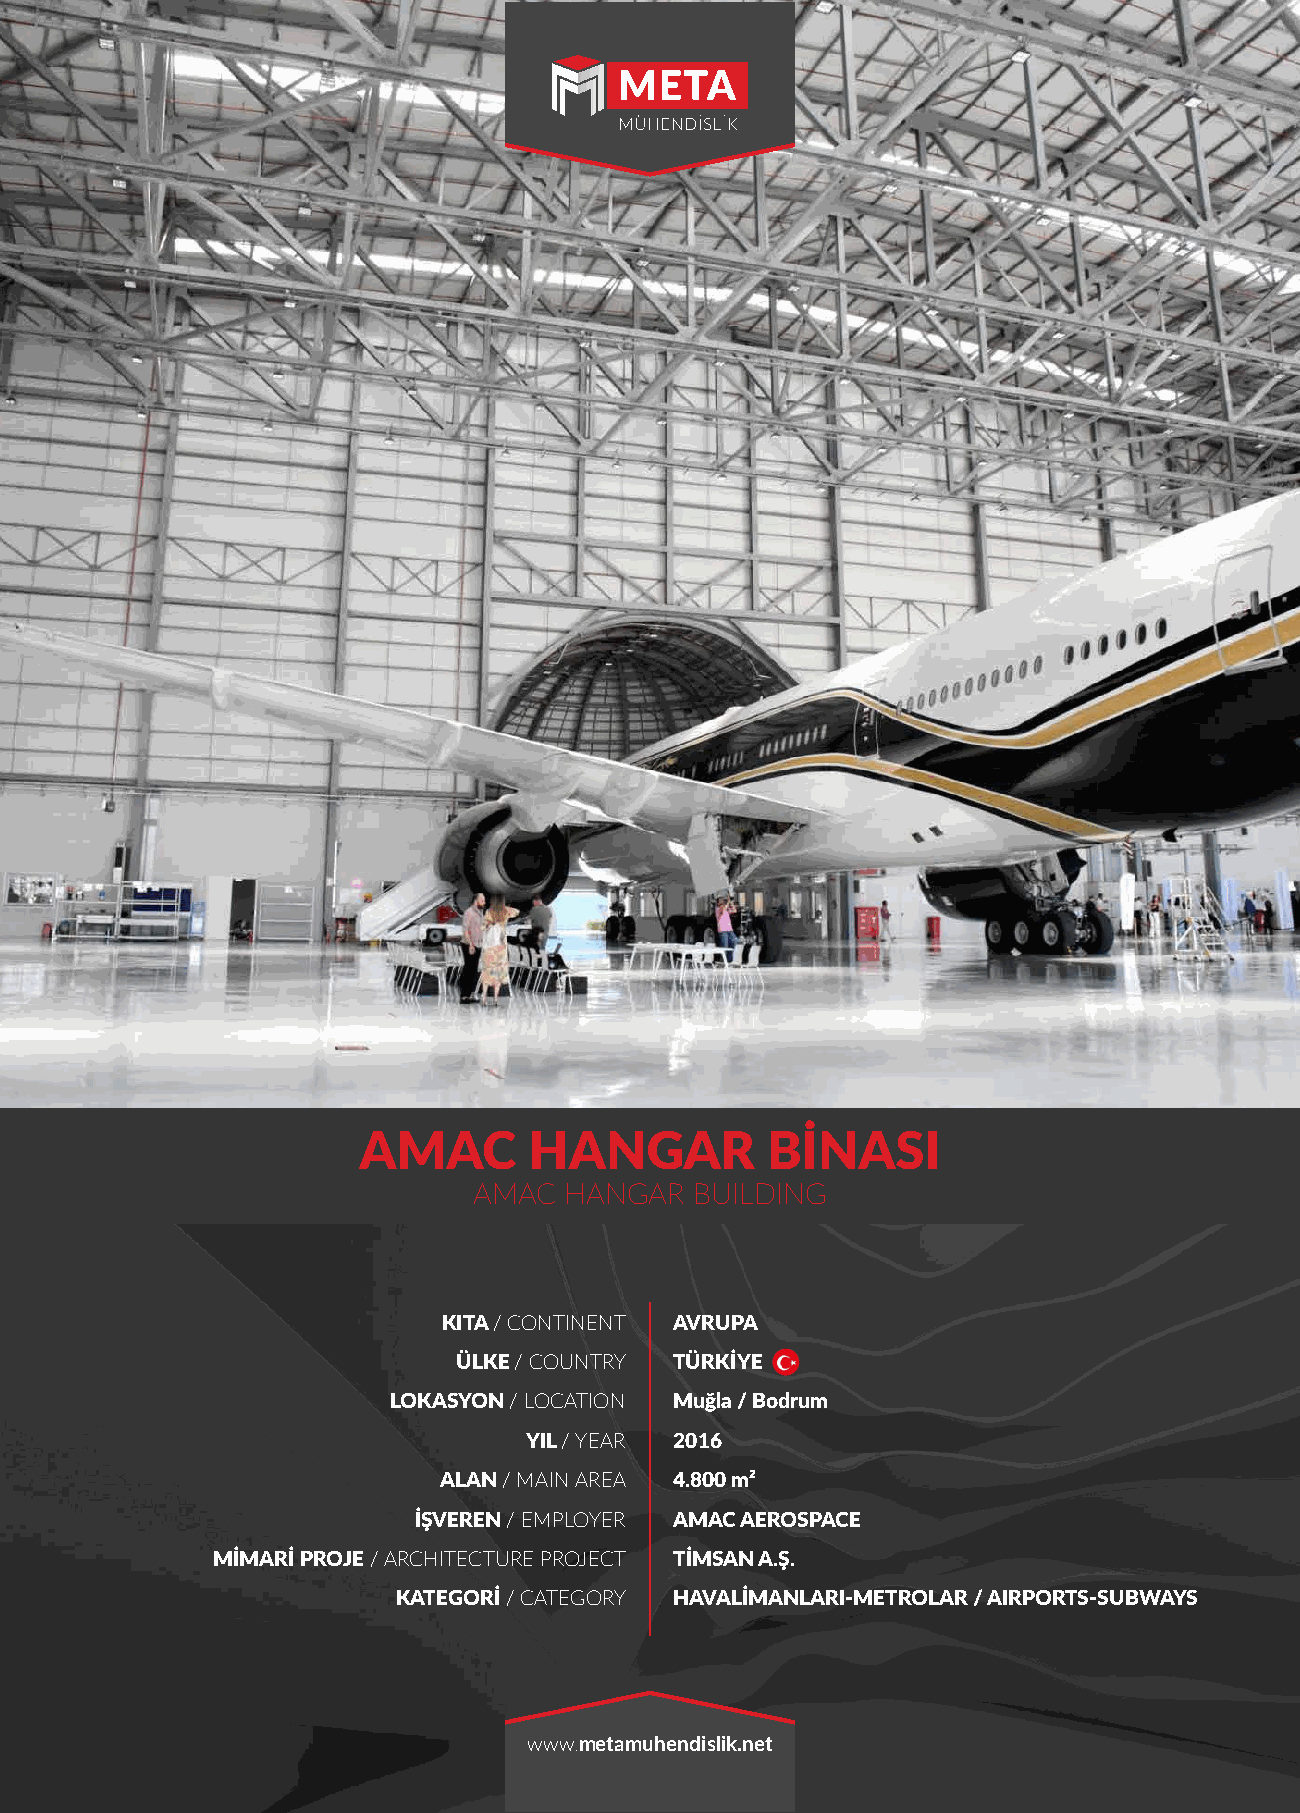
AMAC       HANGAR          BİNASI
 AMAC  HANGAR   BUILDING
 KITA / CONTINENT AVRUPA
 ÜLKE / COUNTRY TÜRKİYE
 LOKASYON / LOCATION Muğla / Bodrum
 YIL / YEAR 2016
 ALAN / MAIN AREA 4.800 m²
 İŞVEREN / EMPLOYER AMAC AEROSPACE
 MİMARİ PROJE / ARCHITECTURE PROJECT TİMSAN A.Ş.
 KATEGORİ / CATEGORY HAVALİMANLARI-METROLAR / AIRPORTS-SUBWAYS
 www.metamuhendislik.net